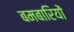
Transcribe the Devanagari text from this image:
बमबारियों